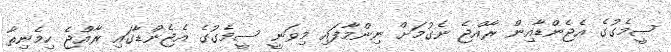
ސީމެގުގެ އެޖެންޑާއިން ރާއްޖެ ނެގުމަށް ނިންމާފައި މިވަނީ ސީމެގުގެ އެޖެންޑާގައި ރާއްޖެ ހިމެނިތާ